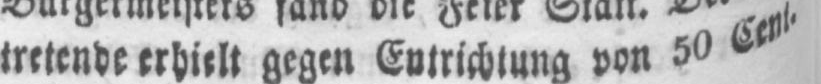
tretende erhielt gegen Entrichtung von 50 Cent.